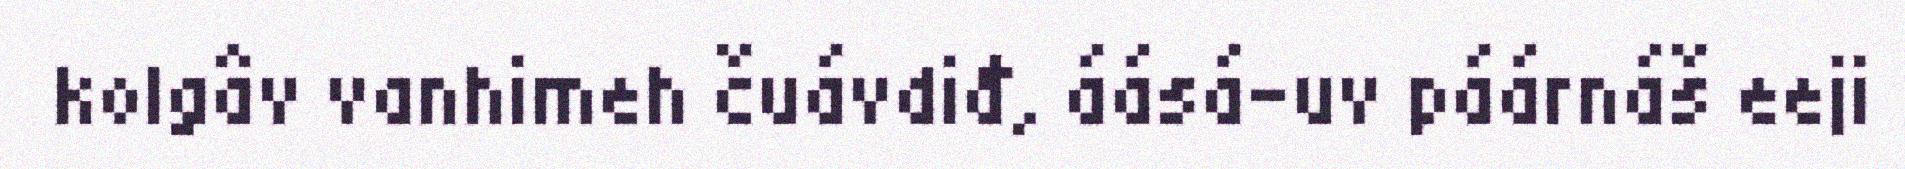
kolgâv vanhimeh čuávdiđ, áásá-uv páárnáš eeji